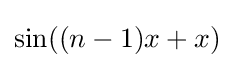
\sin((n-1)x+x)